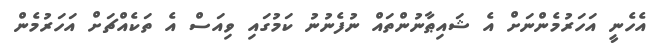
އެހެނީ އަހަރުމެންނަށް އެ ޝައިޠާނުންތައް ނުފެނުނު ކަމުގައި ވިއަސް އެ ތަކެއްޗަށް އަހަރުމެން